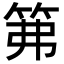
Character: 笰